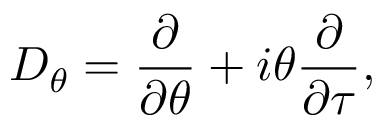
D _ { \theta } = \frac { \partial } { \partial \theta } + i \theta \frac { \partial } { \partial \tau } ,